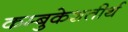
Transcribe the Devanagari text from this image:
कम्बुकेशतीर्थ